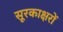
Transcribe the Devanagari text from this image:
सूरकाक्षरों